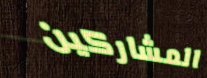
المشاركين